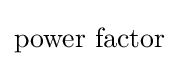
{\mbox{power factor}}